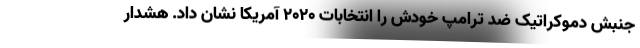
جنبش دموکراتیک ضد ترامپ خودش را انتخابات 2020 آمریکا نشان داد. هشدار